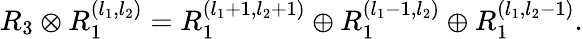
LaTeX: R_{3}\otimes R_{1}^{(l_{1},l_{2})}=R_{1}^{(l_{1}+1,l_{2}+1)}\oplus R_{1}^{(l_{1}-1,l_{2})}\oplus R_{1}^{(l_{1},l_{2}-1)}.